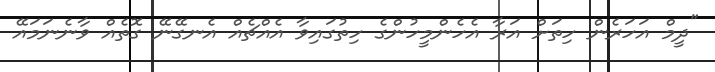
"ދީމް އަހަރެން ހިތަށް އަރާ އެހެންމީހުންގެ ހިތުގައިވާ އެއްޗެއް އެނގޭނޭ ގޮތެއް ވާނެނަމައޭ